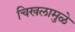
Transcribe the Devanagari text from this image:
चिखलामुळे